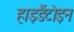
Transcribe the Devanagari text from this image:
हाइडैंटोइन